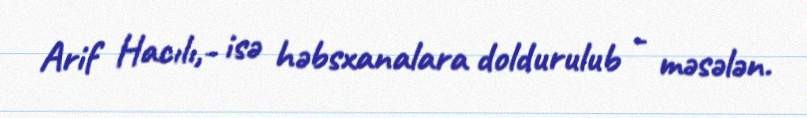
Arif Hacılı,- isə həbsxanalara doldurulub - məsələn.